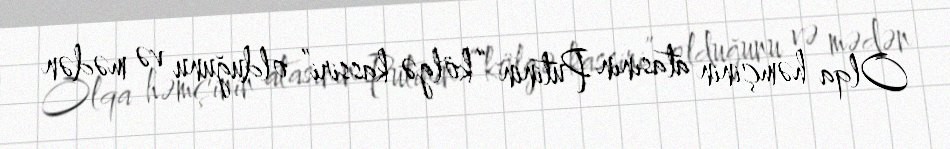
Olqa həmçinin atasının Putinin “kölgə kassiri” olduğunu və mədən